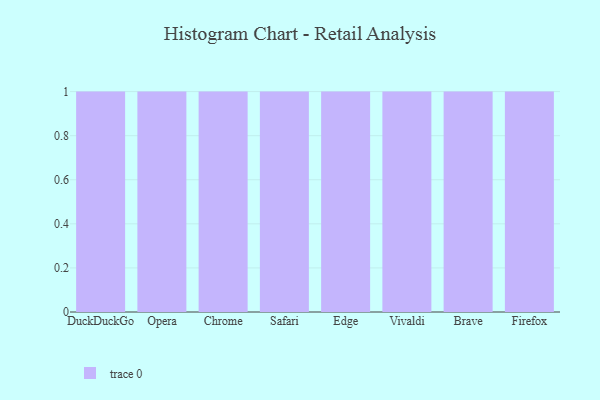
{"axis": {"x": "Browser", "y": "Shipments"}, "legend": [""], "data": [{"x": "DuckDuckGo", "y": 89, "type": ""}, {"x": "Opera", "y": 29, "type": ""}, {"x": "Chrome", "y": 42, "type": ""}, {"x": "Safari", "y": 3, "type": ""}, {"x": "Edge", "y": 68, "type": ""}, {"x": "Vivaldi", "y": 57, "type": ""}, {"x": "Brave", "y": 81, "type": ""}, {"x": "Firefox", "y": 84, "type": ""}]}